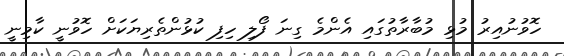
ހޮވުނުއިރު މުޅި މުބާރާތުގައި އެންމެ ގިނަ ފޯލި ހިފި ކުޅުންތެރިޔަކަށް ހޮވުނީ ކާމިނީ